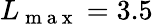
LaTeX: L_{\mathrm{~m~a~x~}}=3.5